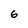
Character: 6